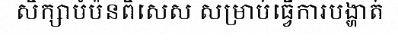
សិក្សាបំប៉នពិសេស សម្រាប់ធ្វើការបង្ហាត់